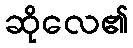
ဆိုလေ၏